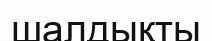
шалдықты